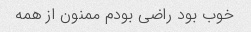
خوب بود راضی بودم ممنون از همه